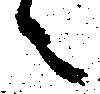
々